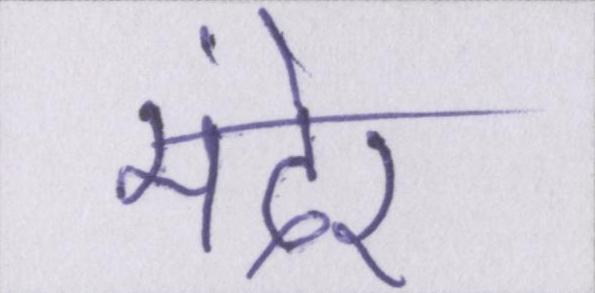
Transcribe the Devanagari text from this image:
मंदेर